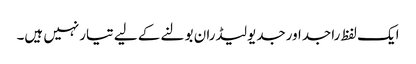
ایک لفظ راجداورجدیولیڈران بولنے کے لیے تیارنہیں ہیں۔